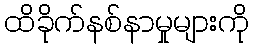
ထိခိုက်နစ်နာမှုများကို